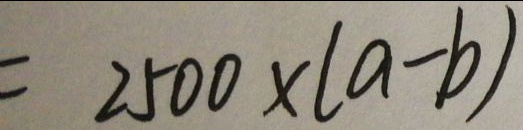
= 2 5 0 0 \times ( a - b )